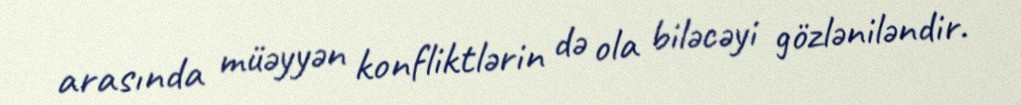
arasında müəyyən konfliktlərin də ola biləcəyi gözləniləndir.